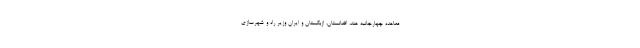
معاهده چهارجانبه هند، افغانستان، ازبکستان و ایران وزیر راه و شهرسازی